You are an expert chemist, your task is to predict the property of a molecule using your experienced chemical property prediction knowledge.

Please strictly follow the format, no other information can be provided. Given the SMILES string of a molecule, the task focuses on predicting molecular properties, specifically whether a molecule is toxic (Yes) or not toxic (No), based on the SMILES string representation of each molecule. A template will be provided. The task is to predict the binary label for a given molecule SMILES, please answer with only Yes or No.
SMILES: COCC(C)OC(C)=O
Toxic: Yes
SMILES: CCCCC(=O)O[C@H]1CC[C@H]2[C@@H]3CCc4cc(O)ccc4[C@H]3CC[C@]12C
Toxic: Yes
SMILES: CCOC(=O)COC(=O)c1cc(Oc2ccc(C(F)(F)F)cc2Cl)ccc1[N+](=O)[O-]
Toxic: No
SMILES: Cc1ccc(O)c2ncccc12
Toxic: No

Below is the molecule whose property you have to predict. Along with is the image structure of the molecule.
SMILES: COc1cc(CNC(=O)CCCC/C=C/C(C)C)ccc1O
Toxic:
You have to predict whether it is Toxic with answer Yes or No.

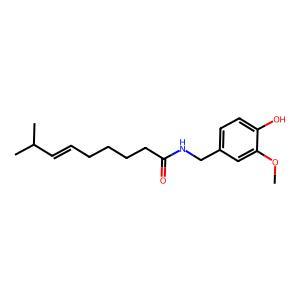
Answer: No